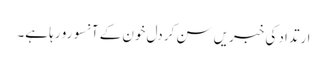
ارتداد کی خبریں سن کر دل خون کے آنسو رو رہا ہے۔